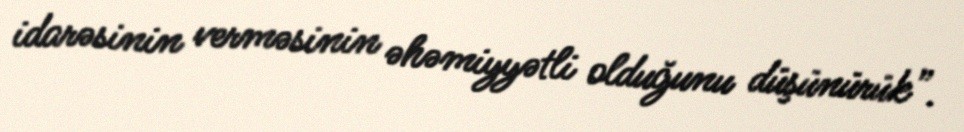
idarəsinin verməsinin əhəmiyyətli olduğunu düşünürük”.